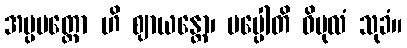
အပ္ပမတ္တော ဟိ ဈာယန္တော၊ ပပ္ပေါတိ ဝိပုလံ သုခံ။